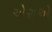
એરાએ